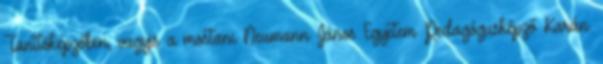
Tanítóképzőben, vagyis a mostani Neumann János Egyetem Pedagógusképző Karán.